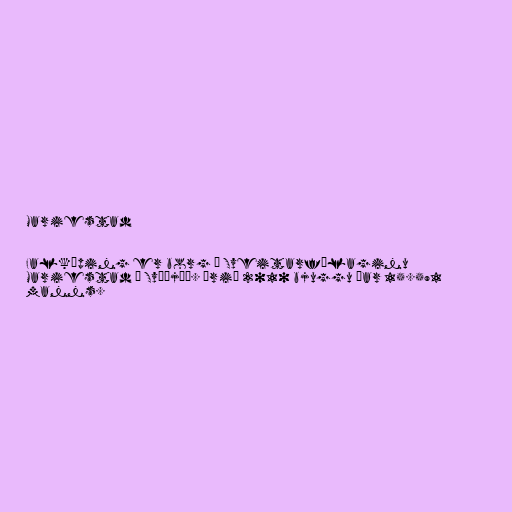
Mariestad

Falköping er borg í Sveitarfélaginu
Mariestad í Svíþjóð. Árið 2010 bjuggu þar 15.591
manns.